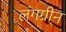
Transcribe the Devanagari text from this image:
लंगग्रीन